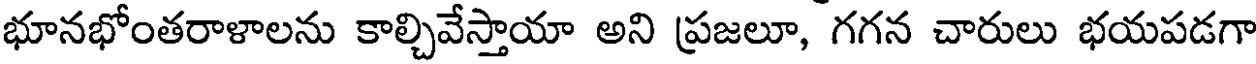
భూనభోంతరాళాలను కాల్చివేస్తాయా అని ప్రజలూ, గగన చారులు భయపడగా